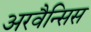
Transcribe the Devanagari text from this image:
अरवैन्सिस